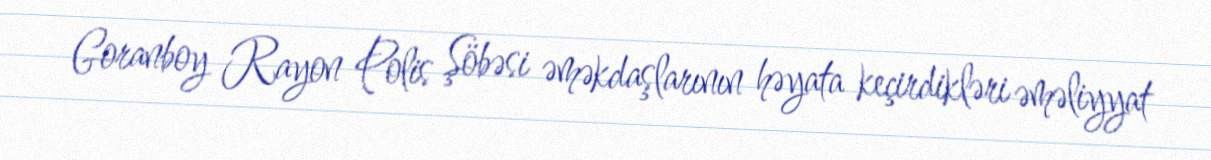
Goranboy Rayon Polis Şöbəsi əməkdaşlarının həyata keçirdikləri əməliyyat